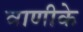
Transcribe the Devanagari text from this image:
वाणीके